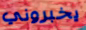
يخبروني